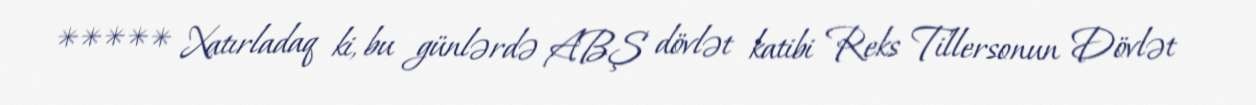
***** Xatırladaq ki, bu günlərdə ABŞ dövlət katibi Reks Tillersonun Dövlət